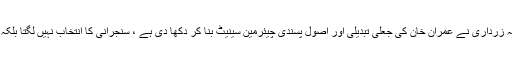
تفصیلات کے مطابق طلال چوہدری کا کہناتھا کہ زرداری نے عمران خان کی جعلی تبدیلی اور اصول پسندی چیئرمین سینیٹ بنا کر دکھا دی ہے ، سنجرانی کا انتخاب نہیں لگتا بلکہ ایسا محسوس ہوتاہے کہ انہیں بھرتی کیا گیاہے ۔